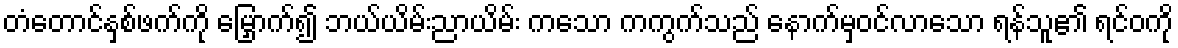
တံတောင်နှစ်ဖက်ကို မြှောက်၍ ဘယ်ယိမ်းညာယိမ်း ကသော ကကွက်သည် နောက်မှဝင်လာသော ရန်သူ၏ ရင်ဝကို